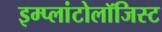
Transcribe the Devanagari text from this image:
इम्प्लांटोलॉजिस्ट